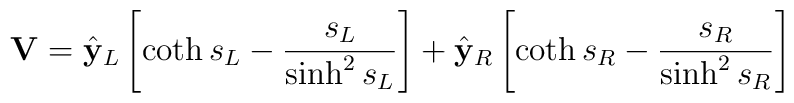
{\bf V} = {\hat {\bf y}}_L \left[ \coth s_L - {s_L\over \sinh^2s_L}  \right]      +{\hat {\bf y}}_R \left[ \coth s_R - {s_R\over \sinh^2s_R}  \right]